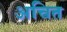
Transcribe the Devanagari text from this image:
अचित